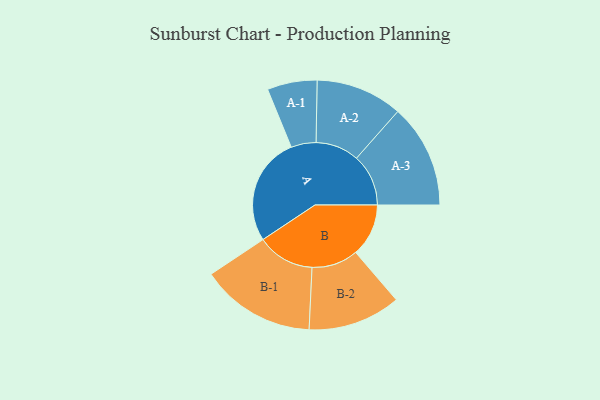
{"axis": {"x": "Segment", "y": "Value"}, "legend": ["", "A", "B"], "data": [{"x": "A", "y": 470, "type": ""}, {"x": "B", "y": 229, "type": ""}, {"x": "A-1", "y": 108, "type": "A"}, {"x": "A-2", "y": 188, "type": "A"}, {"x": "A-3", "y": 225, "type": "A"}, {"x": "B-1", "y": 249, "type": "B"}, {"x": "B-2", "y": 201, "type": "B"}]}